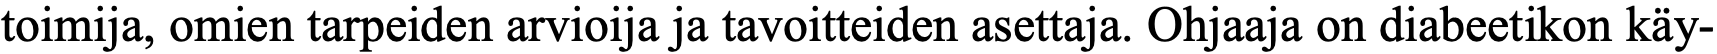
toimija, omien tarpeiden arvioija ja tavoitteiden asettaja. Ohjaaja on diabeetikon käy-